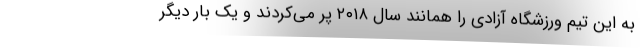
به این تیم ورزشگاه آزادی را همانند سال ۲۰۱۸ پر می‌کردند و یک بار دیگر